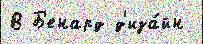
В Б'енард д'иза́йн